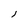
Character: l